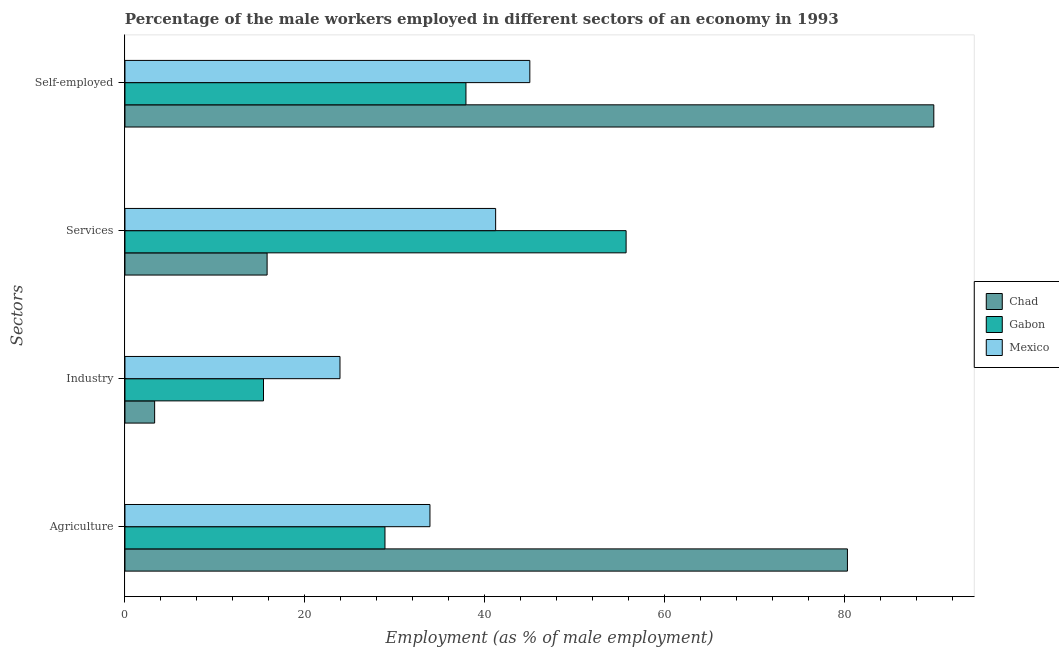
| Sectors | Chad | Gabon | Mexico |
 | --- | --- | --- | --- |
 | Agriculture | 80.3 | 28.9 | 33.9 |
 | Industry | 3.3 | 15.4 | 23.9 |
 | Services | 15.8 | 55.7 | 41.2 |
 | Self-employed | 89.9 | 37.9 | 45 |